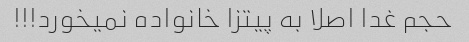
حجم غدا اصلا به پیتزا خانواده نمیخورد!!!